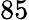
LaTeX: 85